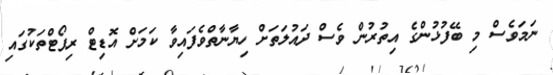
ނަމަވެސް މި ބޭފުޅުންގެ އިތުރުން ވެސް ދައުލަތަށް ހިޔާނާތްވެފައިވާ ކަމަށް އޮޑިޓް ރިޕޯޓްތަކުގައި